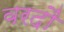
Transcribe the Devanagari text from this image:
वरदौं